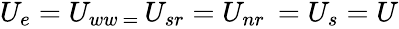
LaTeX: \begin{array}{r}{U_{e}=U_{ww\ =\ }U_{sr}=U_{nr\ }=U_{s}=U}\end{array}